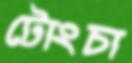
টোংচা